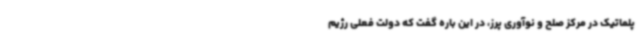
پلماتیک در مرکز صلح و نوآوری پرز، در این باره گفت که دولت فعلی رژیم